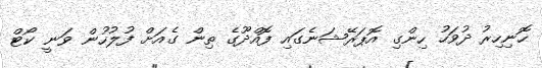
ހޮނިހިރު ދުވަހު ހިންގި އޮޕަރޭޝަނެގައި ފޮއްދޫގެ ތިން ގެއަށް ފުލުހުން ވަނީ ކޯޓް